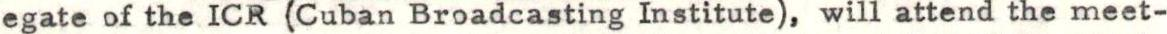
egate of the ICR (Cuban Broadcasting Institute), will attend the meet-